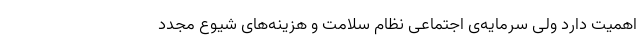
اهمیت دارد ولی سرمایه‌ی اجتماعی نظام سلامت و هزینه‌های شیوع مجدد